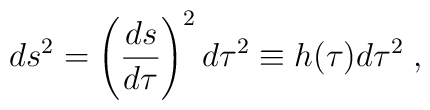
ds^2 = \left(\frac{ds}{d\tau}\right)^2 d\tau^2 \equiv h(\tau) d\tau^2  \; ,